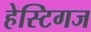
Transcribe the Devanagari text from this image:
हेस्टिगज